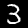
Label: 3